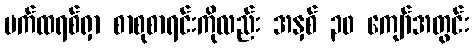
ပက်ထရစ်ရှာ စာစုစာရင်းကိုလည်း အနှစ် ၃၀ ကျော်အတွင်း